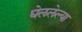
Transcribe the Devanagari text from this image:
घेललेल्या